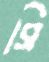
সি